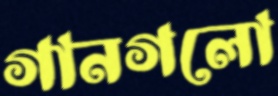
গানগলো